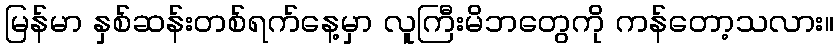
မြန်မာ နှစ်ဆန်းတစ်ရက်နေ့မှာ လူကြီးမိဘတွေကို ကန်တော့သလား။